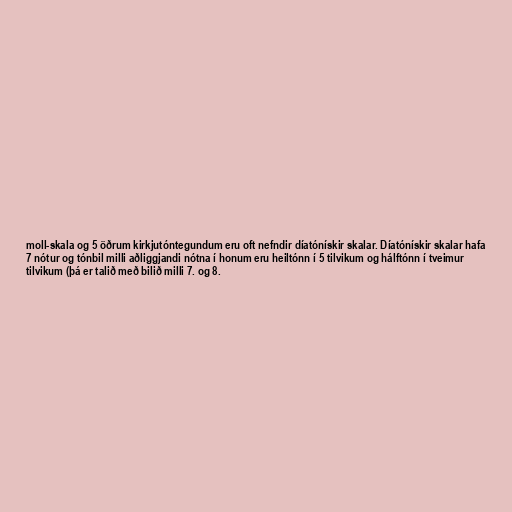
moll-skala og 5 öðrum kirkjutóntegundum eru oft nefndir díatónískir skalar. Díatónískir skalar hafa
7 nótur og tónbil milli aðliggjandi nótna í honum eru heiltónn í 5 tilvikum og hálftónn í tveimur
tilvikum (þá er talið með bilið milli 7. og 8.